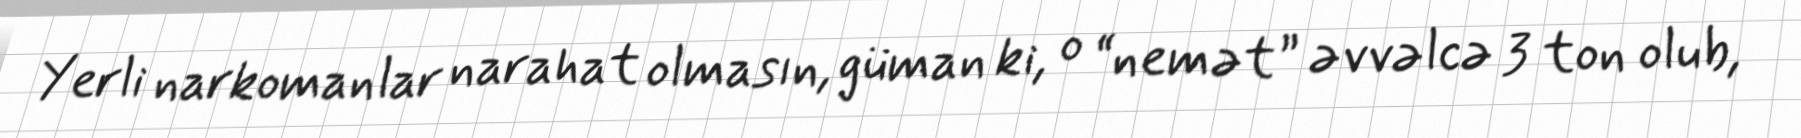
Yerli narkomanlar narahat olmasın, güman ki, o “nemət” əvvəlcə 3 ton olub,